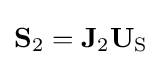
\mathbf {S} _{2}=\mathbf {J} _{2}\mathbf {U} _{\mathrm {S} }